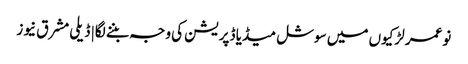
نوعمر لڑکیوں میں سوشل میڈیا ڈپریشن کی وجہ بننے لگا | ڈیلی مشرق نیوز